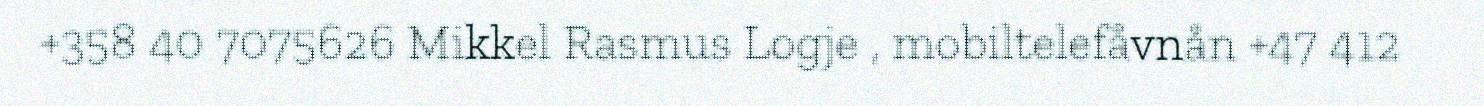
+358 40 7075626 Mikkel Rasmus Logje , mobiltelefåvnån +47 412